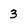
Character: 3